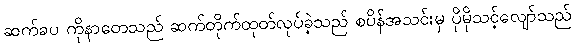
ဆက်ခပ ကိုနာတေသည် ဆက်တိုက်ထုတ်လုပ်ခဲ့သည် စပိန်အသင်းမှ ပိုမိုသင့်လျော်သည်